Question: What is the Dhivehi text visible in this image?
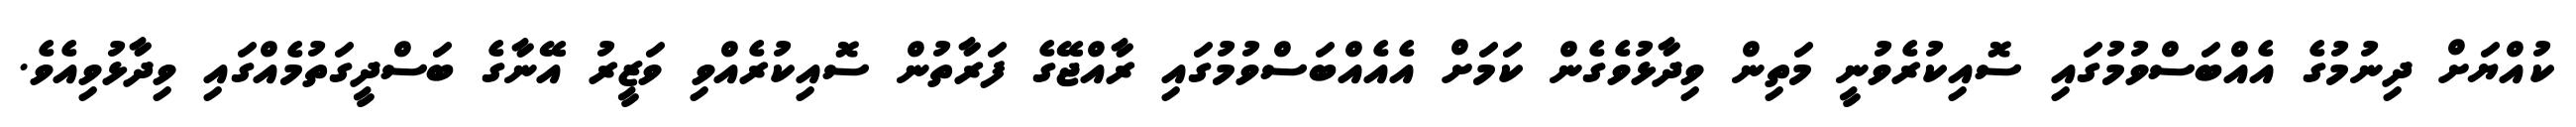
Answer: ކުއްޔަށް ދިނުމުގެ އެއްބަސްވުމުގައި ސޮއިކުރެވުނީ މަތިން ވިދާޅުވެގެން ކަމަށް އެއެއްބަސްވުމުގައި ރާއްޖޭގެ ފަރާތުން ސޮއިކުރެއްވި ވަޒީރު އޭނާގެ ބަސްދީގަތުމެއްގައި ވިދާޅުވިއެވެ.